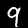
Label: 9